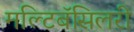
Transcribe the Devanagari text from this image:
मल्टिबॅसिलरी